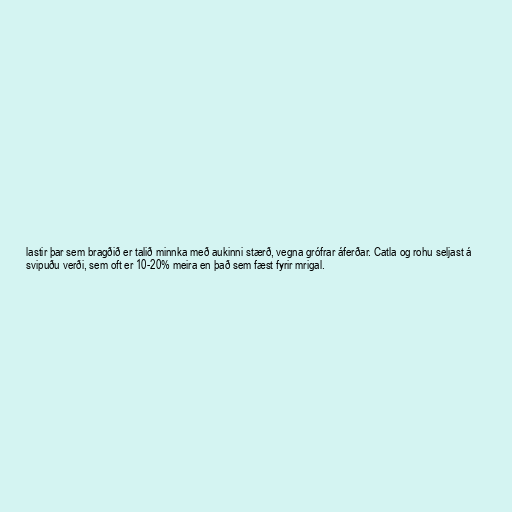
lastir þar sem bragðið er talið minnka með aukinni stærð, vegna grófrar áferðar. Catla og rohu seljast á
svipuðu verði, sem oft er 10-20% meira en það sem fæst fyrir mrigal.